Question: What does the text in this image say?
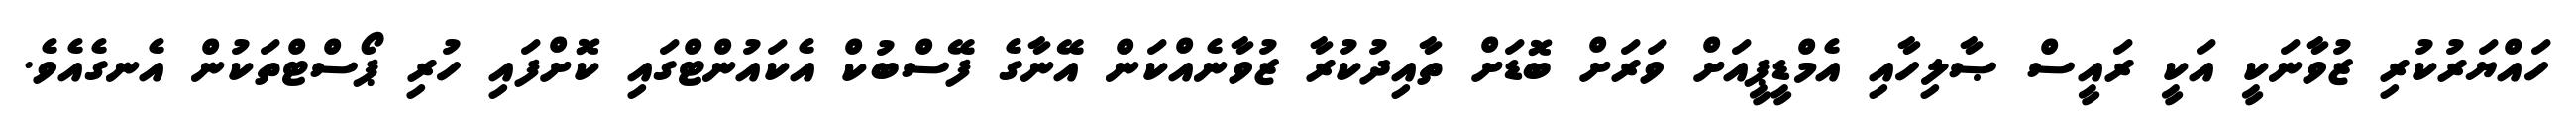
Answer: ހައްޔަރުކުރި ޒުވާނަކީ އަކީ ރައީސް ޞާލިހާއި އެމްޑީޕީއަށް ވަރަށް ބޮޑަށް ތާއިދުކުރާ ޒުވާނެއްކަން އޭނާގެ ފޭސްބުކް އެކައުންޓްގައި ކޮށްފައި ހުރި ޕޯސްޓްތަކުން އެނގެއެވެ.